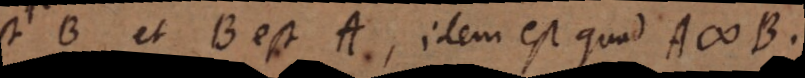
B et B est A, idem est quod A